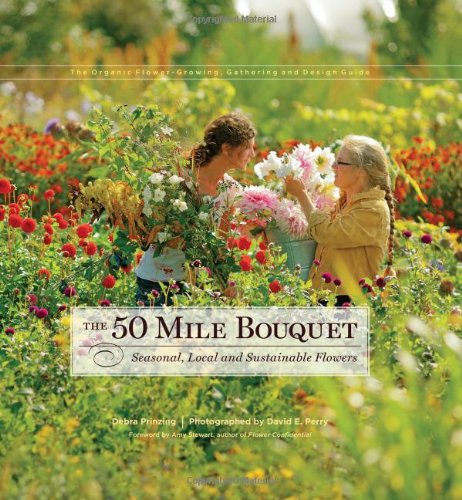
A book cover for The 50 Mile Bouquet: Seasonal, Local and Sustainable Flowers; Debra Prinzing; Crafts, Hobbies & Home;